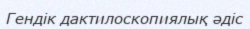
Гендік дактилоскопиялық әдіс